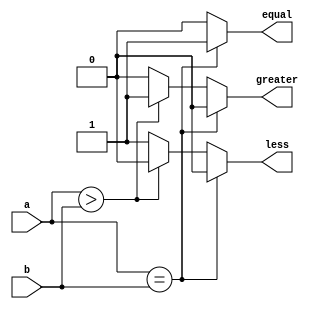
module comparator (
    input [7:0] a,
    input [7:0] b,
    output equal,
    output greater,
    output less
);

always @* begin
    if (a == b) begin
        equal = 1;
        greater = 0;
        less = 0;
    end else if (a > b) begin
        equal = 0;
        greater = 1;
        less = 0;
    end else begin
        equal = 0;
        greater = 0;
        less = 1;
    end
end

endmodule